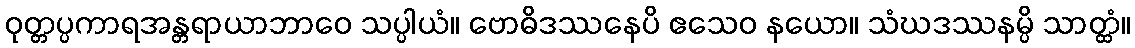
ဝုတ္တပ္ပကာရအန္တရာယာဘာဝေ သပ္ပါယံ။ ဗောဓိဒဿနေပိ ဧသေဝ နယော။ သံဃဒဿနမ္ပိ သာတ္ထံ။